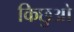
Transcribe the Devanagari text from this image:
किछुओ